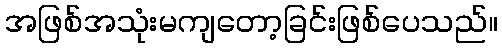
အဖြစ်အသုံးမကျတော့ခြင်းဖြစ်ပေသည်။